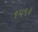
૧૫૧૯